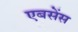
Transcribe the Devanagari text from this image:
एबसेंस